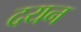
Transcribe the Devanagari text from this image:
दयन